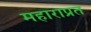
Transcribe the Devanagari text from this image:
महाराप्रत